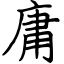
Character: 庸